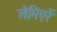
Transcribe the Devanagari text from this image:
लेमिएर्रे